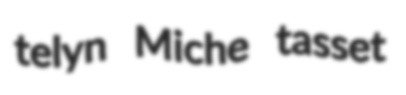
telyn Miche tasset